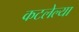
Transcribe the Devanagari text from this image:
कटलेल्या